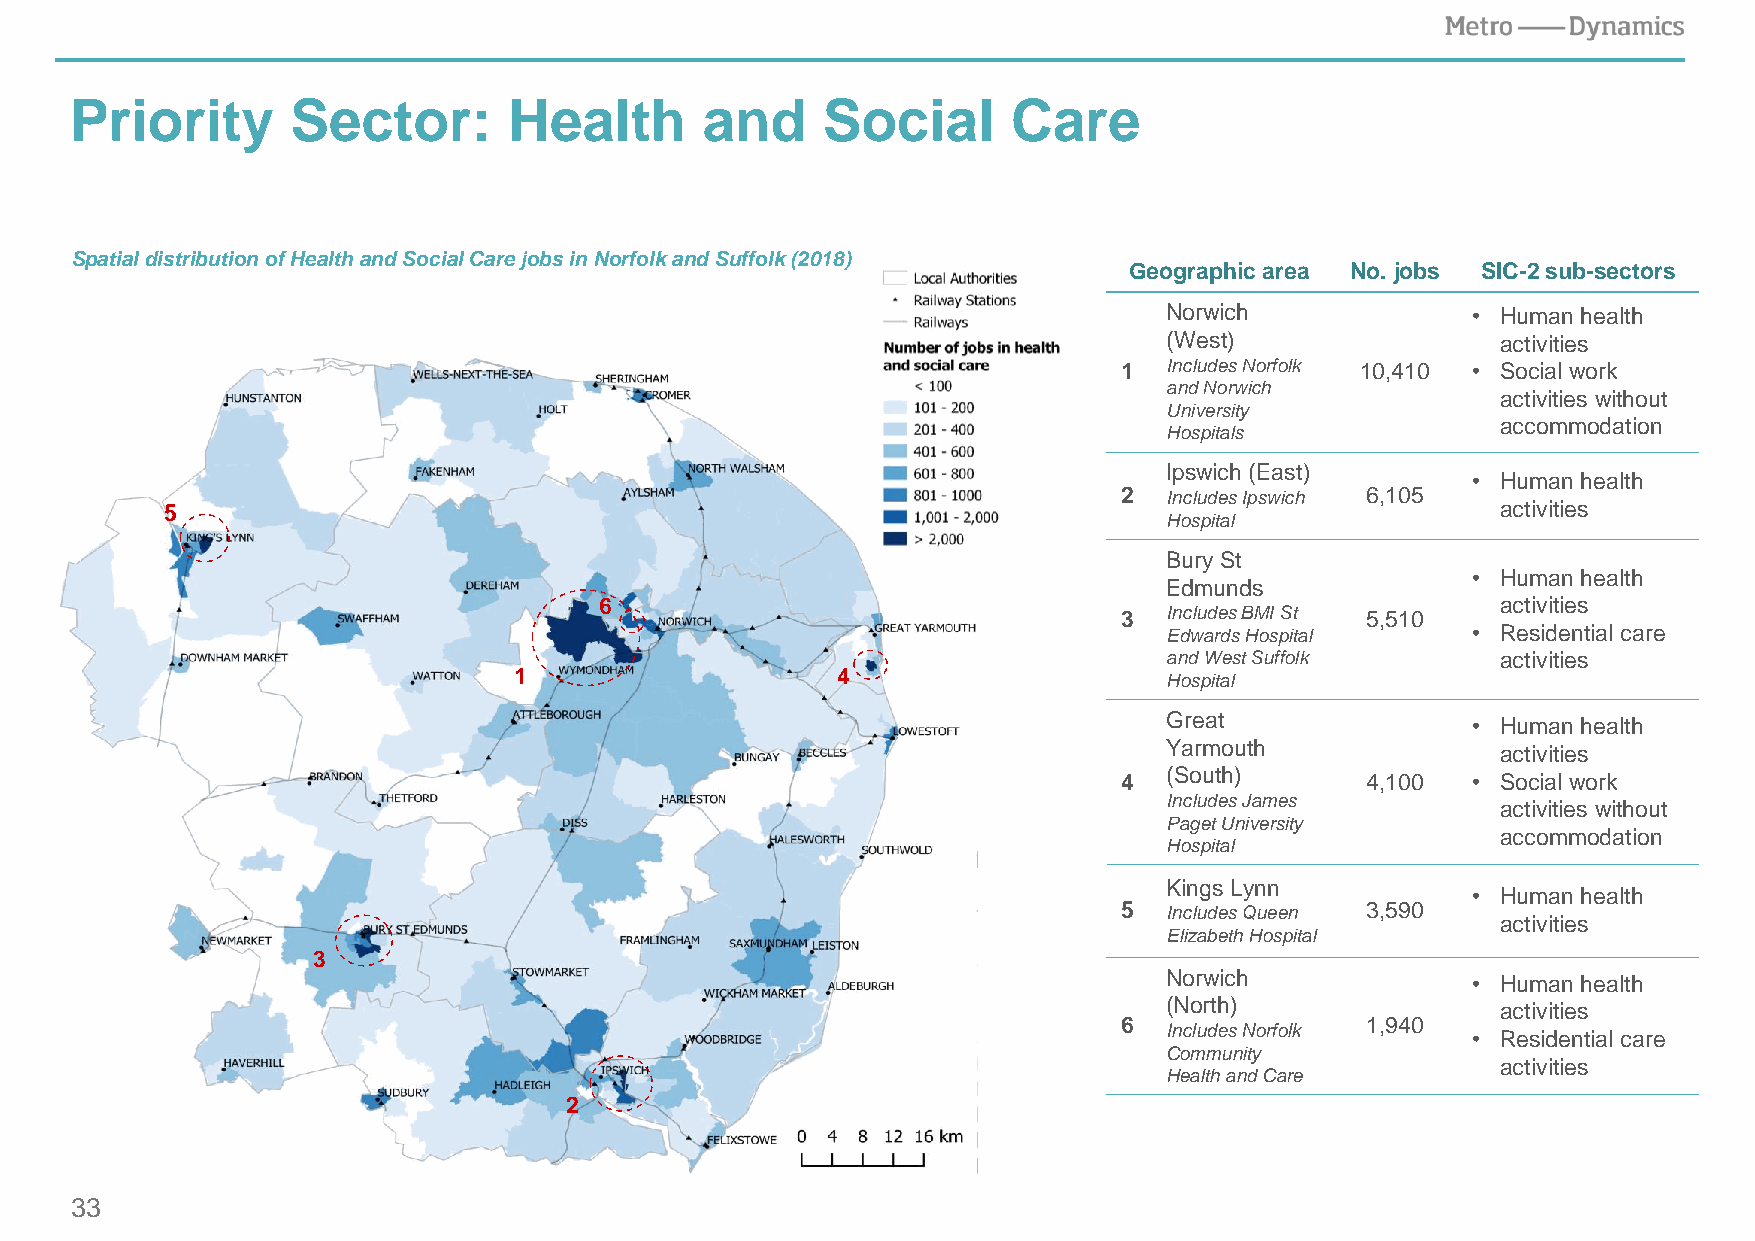
Priority      Sector:        Health      and     Social       Care
 Spatial distribution of Health and Social Care jobs in Norfolk and Suffolk (2018)
 Geographic area No. jobs SIC-2 sub-sectors
 Norwich             • Human health
 (West)                activities
 1  Includes Norfolk 10,410 • Social work
 and Norwich
 activities without
 University
 accommodation
 Hospitals
 Ipswich (East)
 • Human health
 2  Includes Ipswich 6,105
 5                                                                                       activities
 Hospital
 Bury St
 • Human health
 Edmunds
 6                                                          activities
 3  Includes BMI St 5,510
 Edwards Hospital    • Residential care
 and West Suffolk      activities
 1                    4
 Hospital
 Great               • Human health
 Yarmouth              activities
 4  (South)      4,100  • Social work
 Includes James
 activities without
 Paget University
 accommodation
 Hospital
 Kings Lynn
 • Human health
 5  Includes Queen 3,590
 activities
 Elizabeth Hospital
 3
 Norwich             • Human health
 (North)               activities
 6               1,940
 Includes Norfolk
 • Residential care
 Community
 activities
 Health and Care
 2
 33